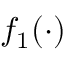
f _ { 1 } ( \cdot )